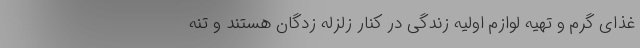
غذای گرم و تهیه لوازم اولیه زندگی در کنار زلزله زدگان هستند و تنه